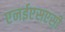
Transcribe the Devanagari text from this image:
एनईएसएसी